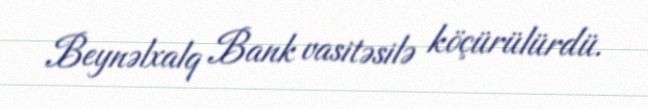
Beynəlxalq Bank vasitəsilə köçürülürdü.